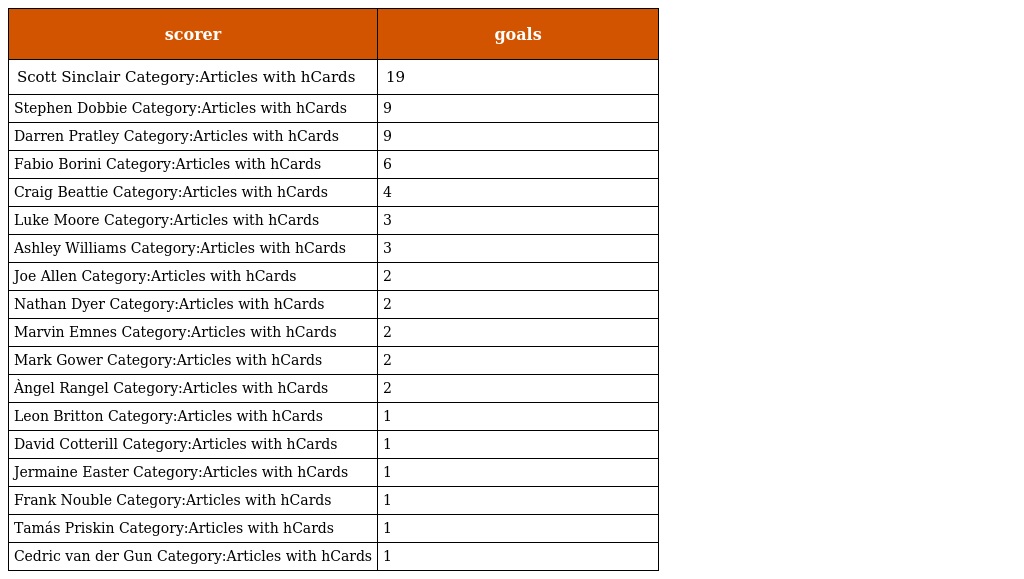
| scorer | goals |
 | --- | --- |
 | Scott Sinclair Category:Articles with hCards | 19 |
 | Stephen Dobbie Category:Articles with hCards | 9 |
 | Darren Pratley Category:Articles with hCards | 9 |
 | Fabio Borini Category:Articles with hCards | 6 |
 | Craig Beattie Category:Articles with hCards | 4 |
 | Luke Moore Category:Articles with hCards | 3 |
 | Ashley Williams Category:Articles with hCards | 3 |
 | Joe Allen Category:Articles with hCards | 2 |
 | Nathan Dyer Category:Articles with hCards | 2 |
 | Marvin Emnes Category:Articles with hCards | 2 |
 | Mark Gower Category:Articles with hCards | 2 |
 | Àngel Rangel Category:Articles with hCards | 2 |
 | Leon Britton Category:Articles with hCards | 1 |
 | David Cotterill Category:Articles with hCards | 1 |
 | Jermaine Easter Category:Articles with hCards | 1 |
 | Frank Nouble Category:Articles with hCards | 1 |
 | Tamás Priskin Category:Articles with hCards | 1 |
 | Cedric van der Gun Category:Articles with hCards | 1 |